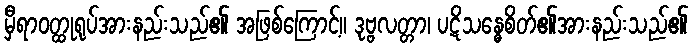
မှီရာဝတ္ထုရုပ်အားနည်းသည်၏ အဖြစ်ကြောင့်။ ဒုဗ္ဗလတ္တာ၊ ပဋိသန္ဓေစိတ်၏အားနည်းသည်၏